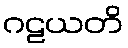
ဂဠယတိ